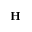
\mathbf { H }